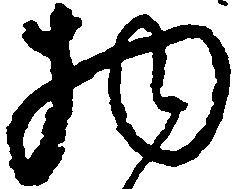
物